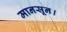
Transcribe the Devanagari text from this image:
मानसून।